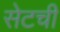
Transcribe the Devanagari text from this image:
सेटची